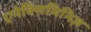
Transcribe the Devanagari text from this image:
एनेक्सिमिनिज़